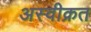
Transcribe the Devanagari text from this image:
अस्वीक्रत